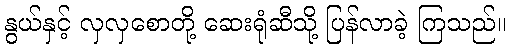
နွယ်နှင့် လှလှစောတို့ ဆေးရုံဆီသို့ ပြန်လာခဲ့ ကြသည်။